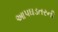
આપઘડતરની